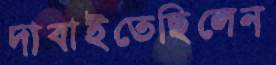
দাবাইতেছিলেন